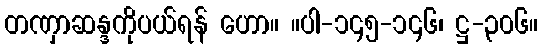
တဏှာဆန္ဒကိုပယ်ရန် ဟော။ ။ပါ-၁၄၅-၁၄၆၊ ဋ္ဌ-၃၀၆။